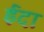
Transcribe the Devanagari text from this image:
ईदा